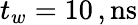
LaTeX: t_{w}=10\, \mathrm{,ns}